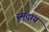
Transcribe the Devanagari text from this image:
स्मूदाय